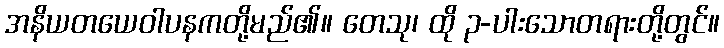
အနိယတယေဝါပနကတို့မည်၏။ တေသု၊ ထို ၃-ပါးသောတရားတို့တွင်။